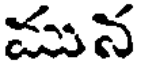
మున